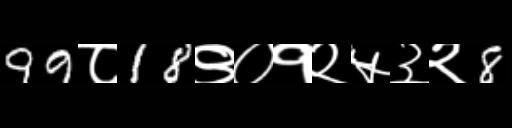
Text: 99८18९०१२५३२8